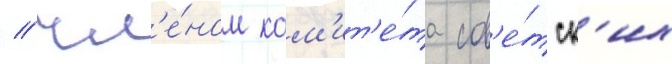
/ чл'е́ном ком'ит'е́та сов'е́тск'их